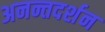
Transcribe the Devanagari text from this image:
अनन्तदर्शन